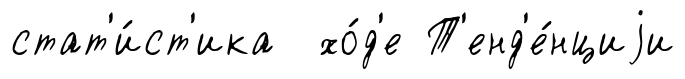
стат'и́ст'ика хо́д'е Т'енд'е́нциjи